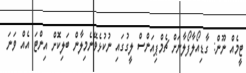
ޓީމެއް ނޫން: ގާޑިއޯލާފޯލާނަށް ޗެމްޕިއަންސް ލީގުގައި ނުކުޅެވޭނެމިލާން ބަލިކޮށް އިންޓަ އެއް ވަނަ